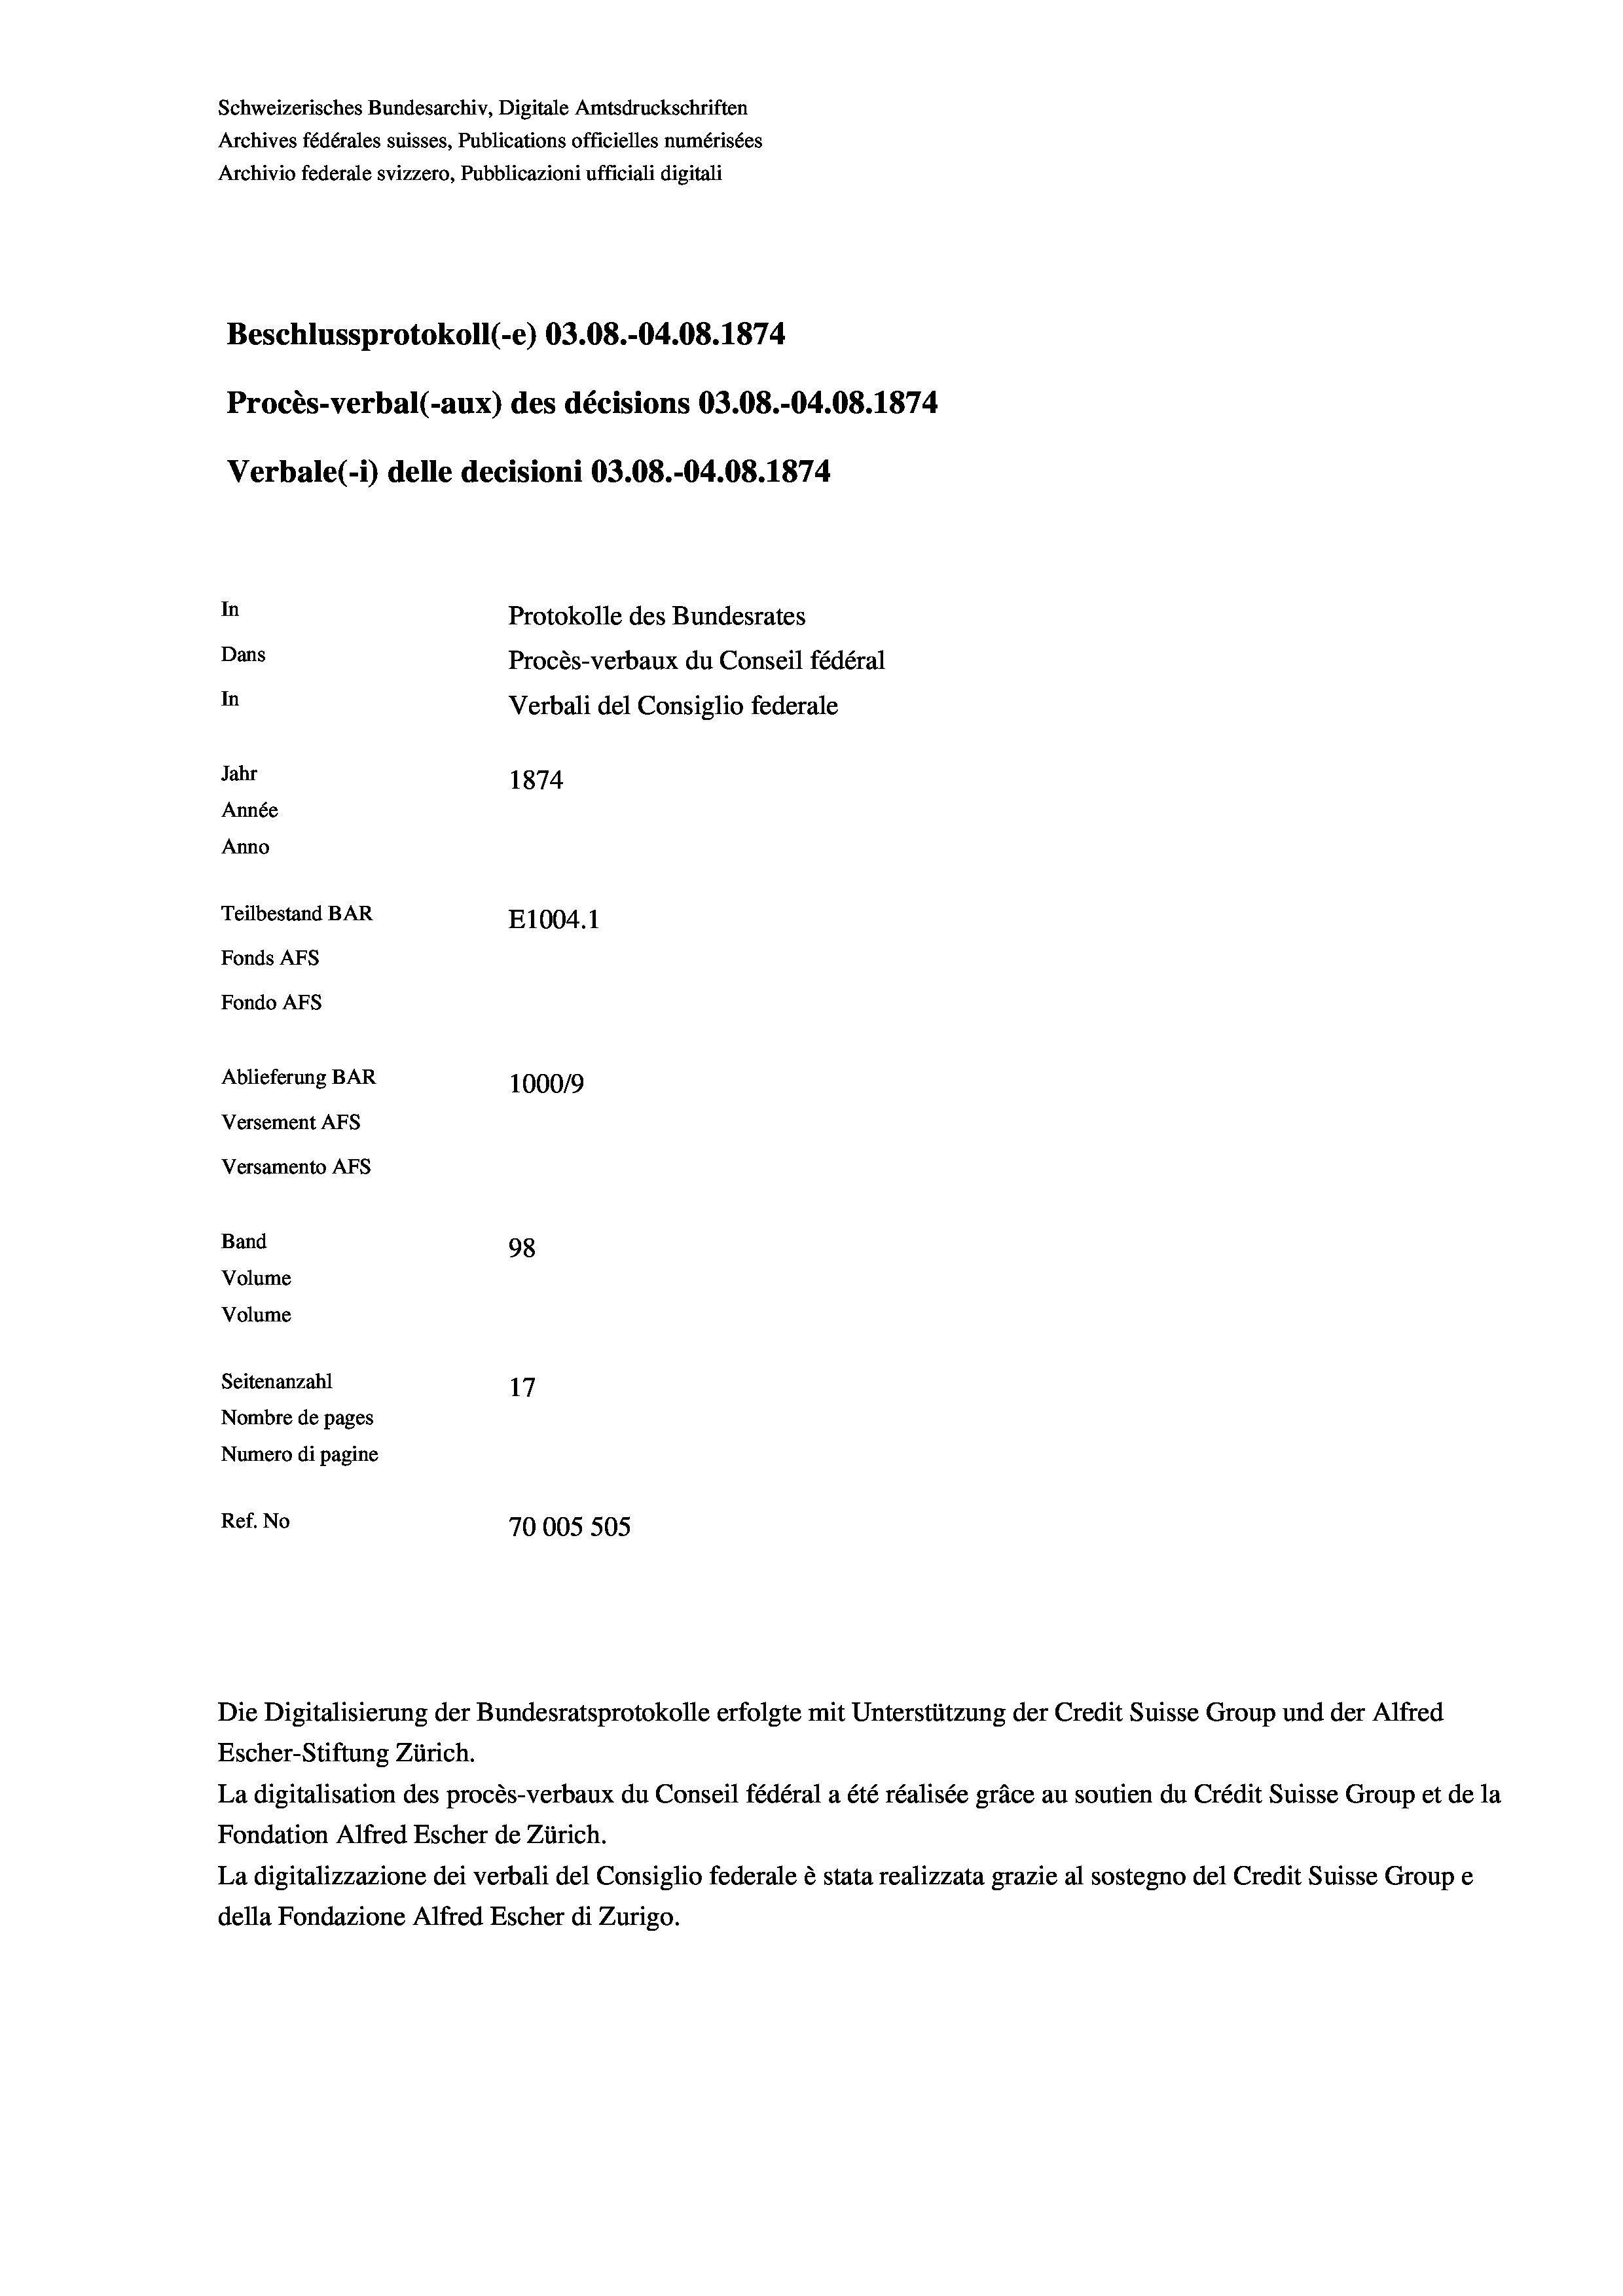
Schweizerisches Bundesarchiv, Digitale Amtsdruckschriften
Archives fédérales suisses, Publications officielles numérisées
Archivio federale svizzero, Pubblicazioni ufficiali digitali

In
Protokolle des Bundesrates
Dans
Procès-verbaux du Conseil fédéral
In
Verbali del Consiglio federale
Jahr
1874
Année
Anno
Teilbestand BAR
E1004. 1
Fonds AFs
Fondo AFS
Ablieferung BAR
1000/9
Versement AFs

Beschlussprotokoll (-e) 03.08.-04.08. 1874
Procès-verbal (-aux) des décisions 03.08.-04.08. 1874
Verbale (i) delle decisioni 03.08.-04.08. 1874

Versamento AFs

Band

98
Volume
Volume
Seitenanzahl
17
Nombre de pages
Numero di pagine
Ref. No
70005 505

Die Digitalisierung der Bundesratsprotokolle erfolgte mit Unterstützung der Credit Suisse Group und der Alfred
Escher-Stiftung Zürich.
La digitalisation des procès-verbaux du Conseil fédéral a été réalisée gräce au soutien du Crédit Suisse Group et de la
Fondation Alfred Escher de Zürich.
La digitalizzazione dei verbali del Consiglio federale è stata realizzata grazie al sostegno del Credit Suisse Groupe
della Fondazione Alfred Escher di Zurigo.